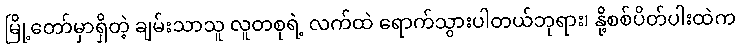
မြို့တော်မှာရှိတဲ့ ချမ်းသာသူ လူတစုရဲ့ လက်ထဲ ရောက်သွားပါတယ်ဘုရား၊ နို့စစ်ပိတ်ပါးထဲက